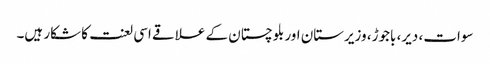
سوات، دیر، باجوڑ، وزیرستان اور بلوچستان کے علاقے اسی لعنت کا شکار ہیں۔